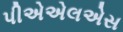
પીએએલએસ